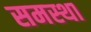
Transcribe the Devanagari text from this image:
समस्था